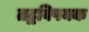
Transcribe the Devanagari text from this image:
तद्वविषयक